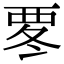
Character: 𮗀